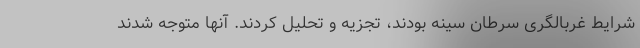
شرایط غربالگری سرطان سینه بودند، تجزیه و تحلیل کردند. آنها متوجه شدند